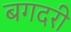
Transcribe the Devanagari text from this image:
बगदरी